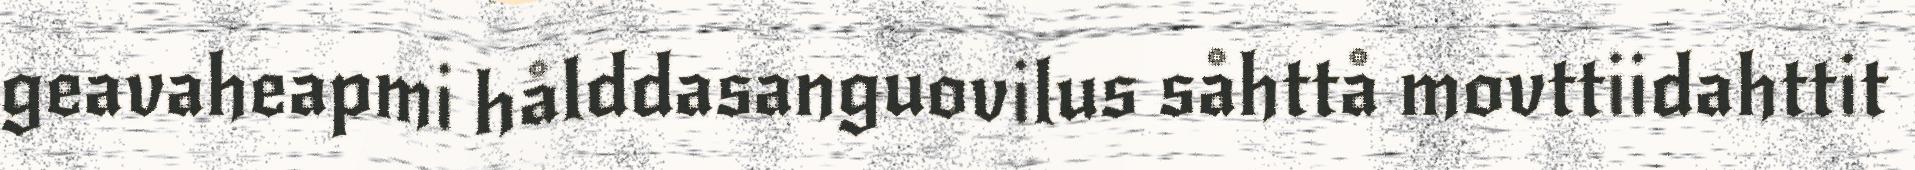
geavaheapmi hålddasanguovilus såhttå movttiidahttit